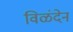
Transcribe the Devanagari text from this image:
विळंदेन